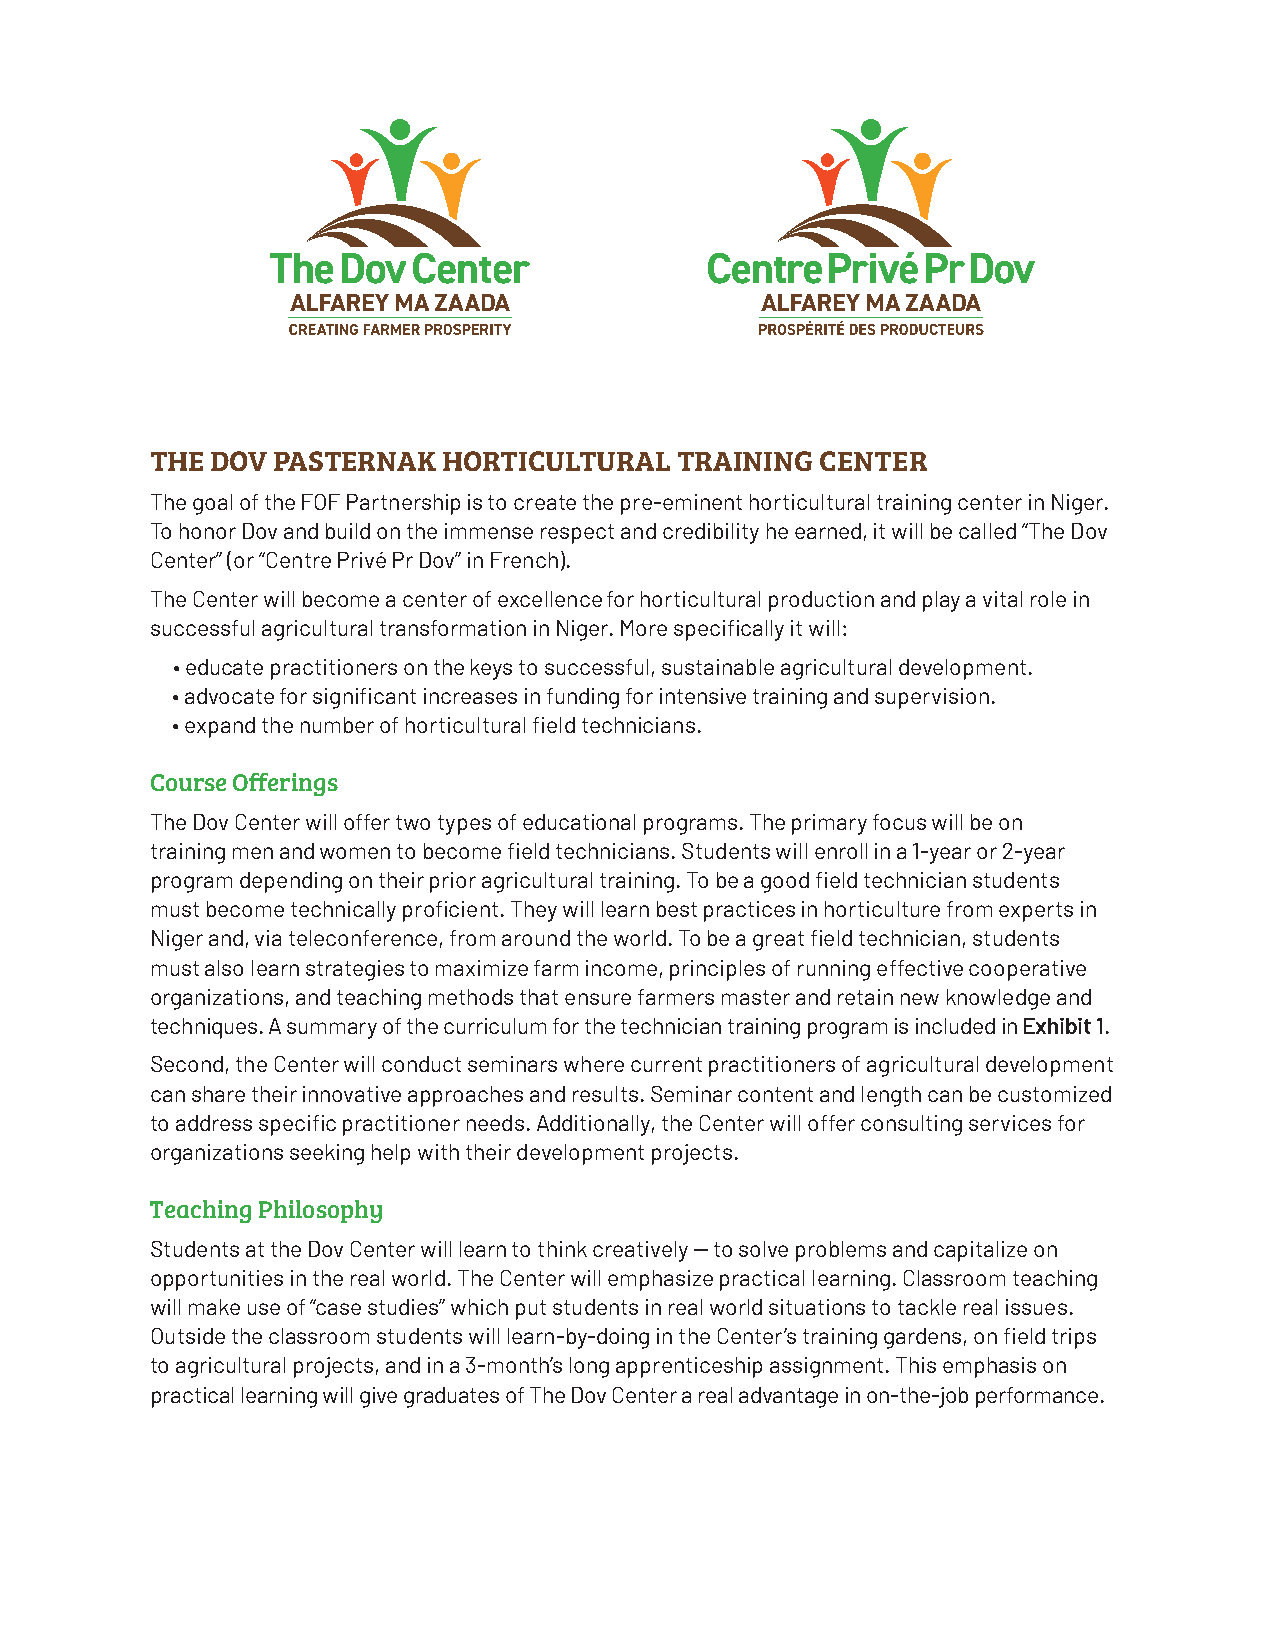
THE DOV PASTERNAK  HORTICULTURAL   TRAINING CENTER
 The goal of the FOF Partnership is to create the pre-eminent horticultural training center in Niger.
 To honor Dov and build on the immense respect and credibility he earned, it will be called “The Dov
 Center” (or “Centre Privé Pr Dov” in French).
 The Center will become a center of excellence for horticultural production and play a vital role in
 successful agricultural transformation in Niger. More specifi cally it will:
 • educate practitioners on the keys to successful, sustainable agricultural development.
 • advocate for signifi cant increases in funding for intensive training and supervision.
 • expand the number of horticultural fi eld technicians.
 Course Offerings
 The Dov Center will offer two types of educational programs. The primary focus will be on
 training men and women to become fi eld technicians. Students will enroll in a 1-year or 2-year
 program depending on their prior agricultural training. To be a good fi eld technician students
 must become technically profi cient. They will learn best practices in horticulture from experts in
 Niger and, via teleconference, from around the world. To be a great fi eld technician, students
 must also learn strategies to maximize farm income, principles of running effective cooperative
 organizations, and teaching methods that ensure farmers master and retain new knowledge and
 techniques. A summary of the curriculum for the technician training program is included in Exhibit 1.
 Second, the Center will conduct seminars where current practitioners of agricultural development
 can share their innovative approaches and results. Seminar content and length can be customized
 to address specifi c practitioner needs. Additionally, the Center will offer consulting services for
 organizations seeking help with their development projects.
 Teaching Philosophy
 Students at the Dov Center will learn to think creatively -- to solve problems and capitalize on
 opportunities in the real world. The Center will emphasize practical learning. Classroom teaching
 will make use of “case studies” which put students in real world situations to tackle real issues.
 Outside the classroom students will learn-by-doing in the Center’s training gardens, on fi eld trips
 to agricultural projects, and in a 3-month’s long apprenticeship assignment. This emphasis on
 practical learning will give graduates of The Dov Center a real advantage in on-the-job performance.